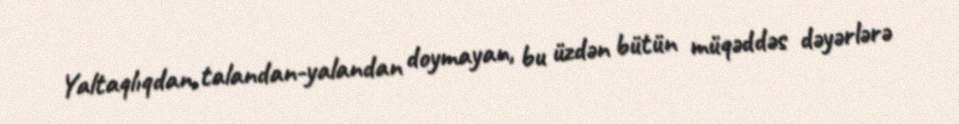
Yaltaqlıqdan, talandan-yalandan doymayan, bu üzdən bütün müqəddəs dəyərlərə